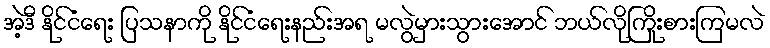
အဲ့ဒီ နိုင်ငံရေး ပြသနာကို နိုင်ငံရေးနည်းအရ မလွဲမှားသွားအောင် ဘယ်လိုကြိုးစားကြမလဲ